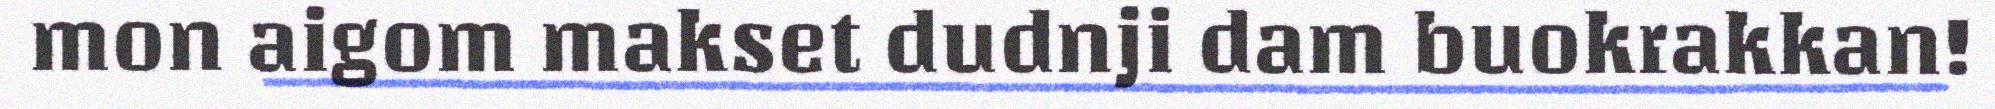
mon aigom makset dudnji dam buokrakkan!